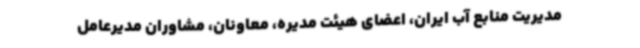
مدیریت منابع آب ایران، اعضای هیئت مدیره، معاونان، مشاوران مدیرعامل